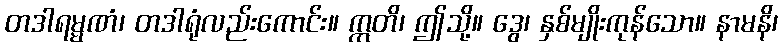
တဒါရမ္မဏံ၊ တဒါရုံလည်းကောင်း။ ဣတိ၊ ဤသို့။ ဒွေ၊ နှစ်မျိုးကုန်သော။ နာမနိ၊